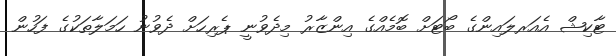
ޓާކިޝް އެއަރލައިންގެ ބޯޓަށް ބޮމެއްގެ އިންޒާރު މިދެވުނީ ޕެރިހަށް ދެވުނު ހަމަލާތަކުގެ ފަހުން